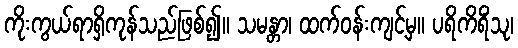
ကိုးကွယ်ရာရှိကုန်သည်ဖြစ်၍။ သမန္တာ၊ ထက်ဝန်းကျင့်မှ။ ပရိကိရိံသု၊